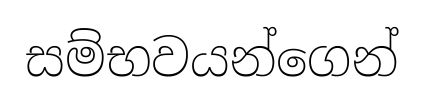
සම්භවයන්ගෙන්